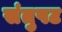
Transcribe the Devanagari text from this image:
संतुषट